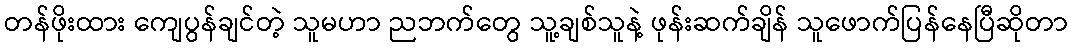
တန်ဖိုးထား ကျေပွန်ချင်တဲ့ သူမဟာ ညဘက်တွေ သူ့ချစ်သူနဲ့ ဖုန်းဆက်ချိန် သူဖောက်ပြန်နေပြီဆိုတာ